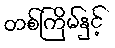
တစ်ကြိမ်နှင့်